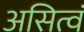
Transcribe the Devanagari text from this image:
असित्वं